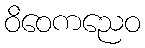
ဝိဝေကညေဝ